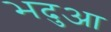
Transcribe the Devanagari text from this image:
भदुआ